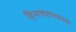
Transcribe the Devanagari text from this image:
हिमाचलमधल्या